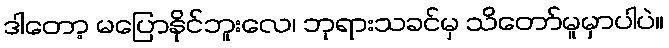
ဒါတော့ မပြောနိုင်ဘူးလေ၊ ဘုရားသခင်မှ သိတော်မူမှာပါပဲ။